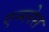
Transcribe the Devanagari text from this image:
एन्ग्लेस